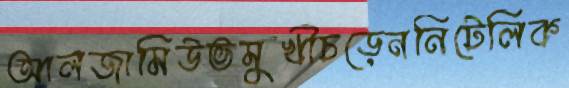
আলজামিউভমুখীচড়েননিটেলিক